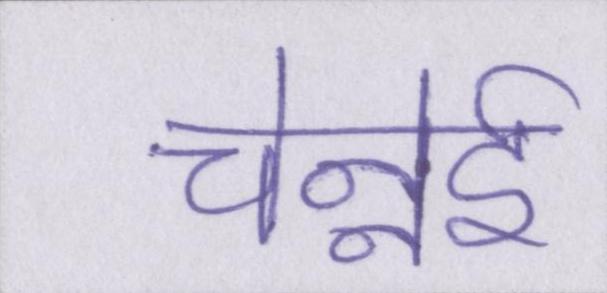
चेन्नेई